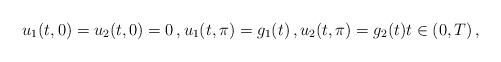
LaTeX: \begin{align*}u_1(t,0)=u_2(t,0)=0\,,u_1(t,\pi)=g_1(t)\,,u_2(t,\pi)=g_2(t)t\in (0,T) \,,\end{align*}